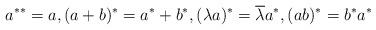
LaTeX: \begin{align*}a^{**}=a,(a+b)^*=a^*+b^*,(\lambda a)^*=\overline{\lambda}a^*,(ab)^*=b^*a^*\end{align*}